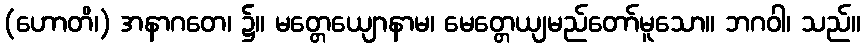
(ဟောတိ၊) အနာဂတေ၊ ၌။ မတ္တေယျောနာမ၊ မေတ္တေယျမည်တော်မူသော။ ဘဂဝါ၊ သည်။